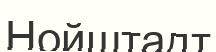
Нойштадт